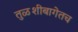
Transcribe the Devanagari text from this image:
तुळशीबागेतच